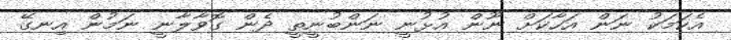
އެކަމަކު ނަން އަހާކަށް ނޫން އުޅުނީ ނަންބުނީތީ ދެން ގޮވާލާނީ ނަމުން އިނގޭ